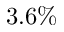
3 . 6 \%